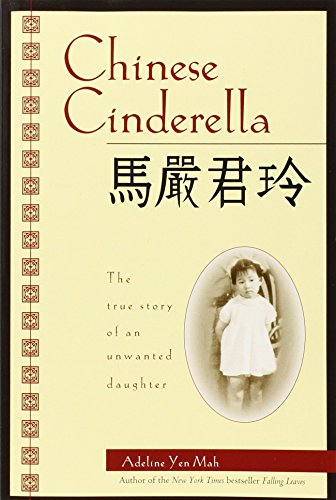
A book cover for Chinese Cinderella; Adeline Yen Mah; Biographies & Memoirs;